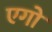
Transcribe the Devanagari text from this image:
एगो